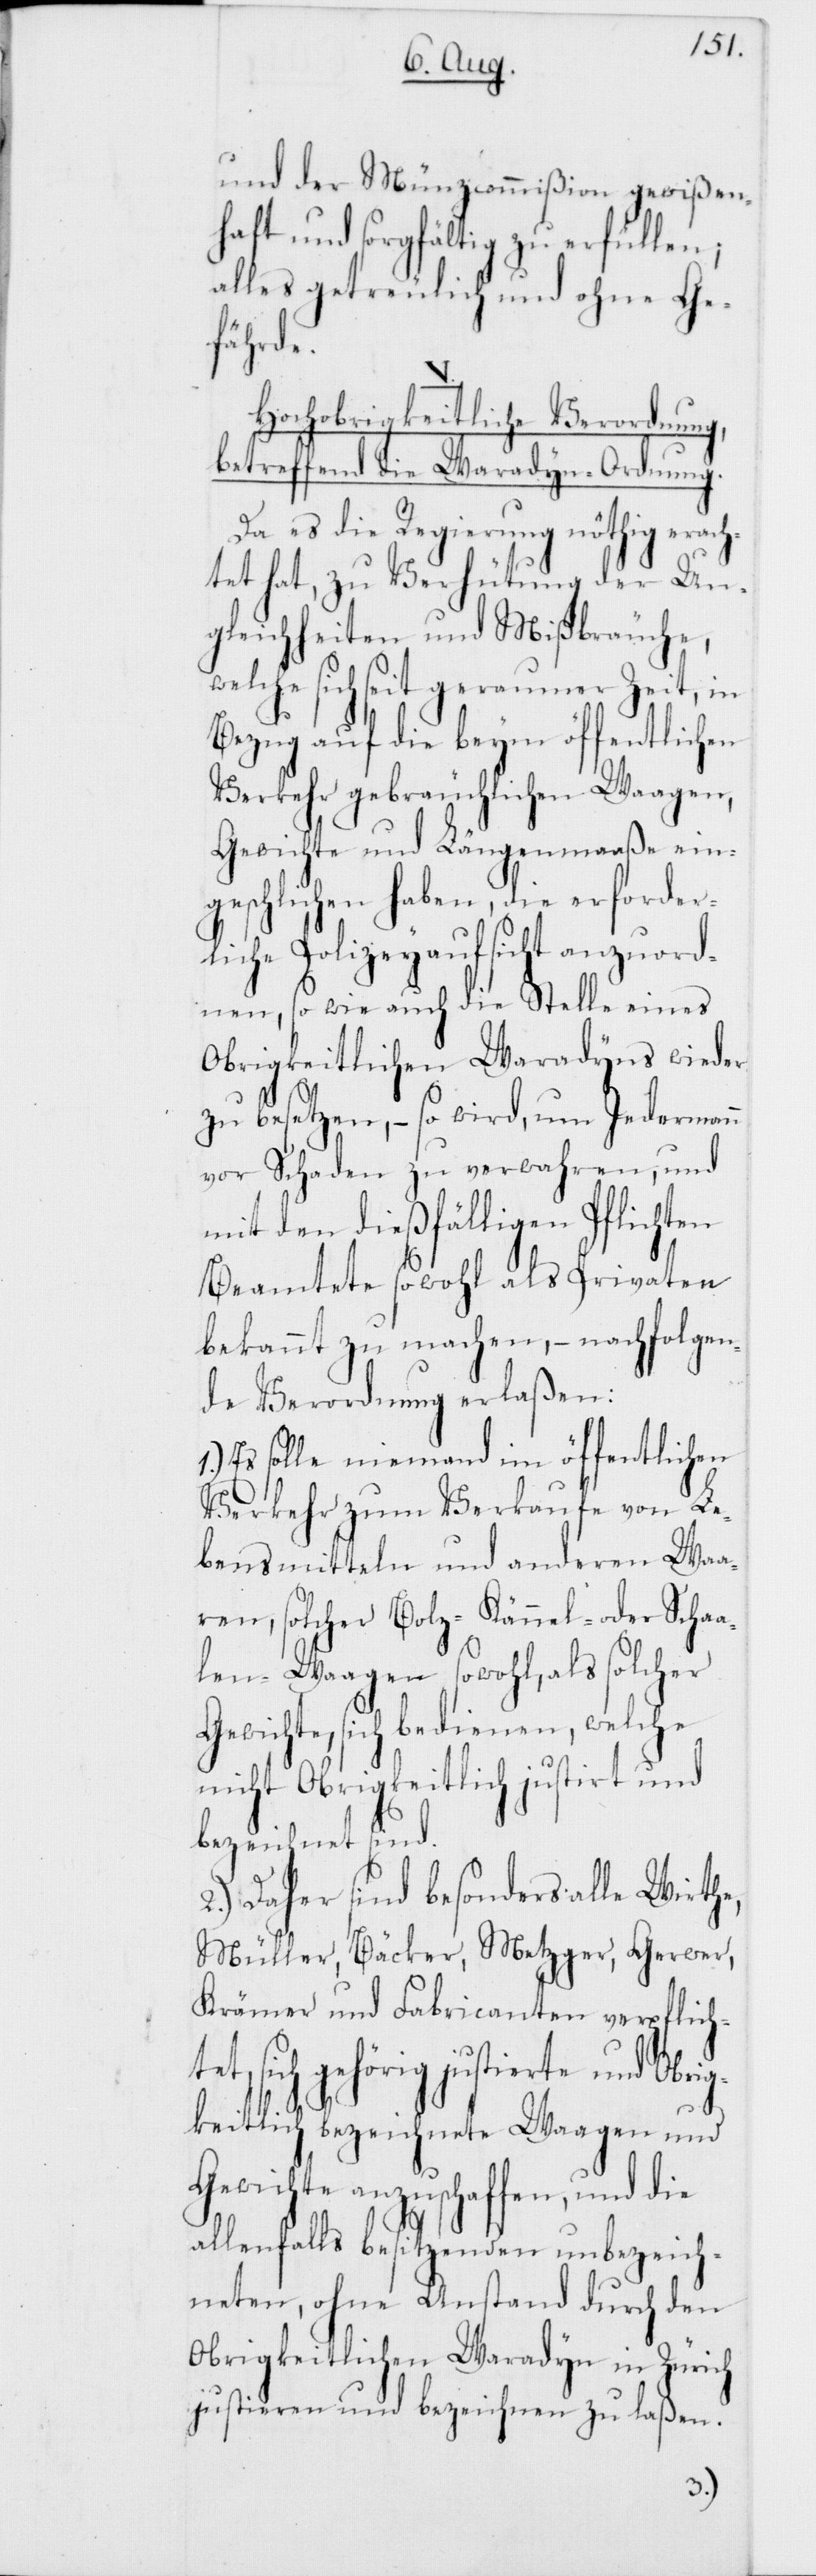
und der Münzcommißion gewißen¬
haft und sorgfältig zu erfüllen;
alles getreulich und ohne Ge¬
fährde.
Hochobrigkeitliche Verordnung,
betreffend die Waradyn-Ordnung.
Da es die Regierung nöthig erac¬
htet hat, zu Verhütung
gleichheiten und Mißbräuche,
sich seit geraumer
Bezug auf die beym öffentlich¬
Verkehr gebräuchlichen Waag¬
Gewichte und Längenmaaße
geschlichen haben, die erforder¬
liche Polizeyaufsicht anzu¬
nen, so wie auch die Stelle ei¬
he,
Obrigkeitlichen Waradyns wieder
zu besetzen, – so wird, um Jederman¬
vor Schaden zu verwahren; und
mit den dießfälligen Pflichten
Beamtete sowohl als Privaten
bekannt zu machen, – nachfolgen¬
de Verordnung erlaßen:
Es solle niemand im öffentlichen
Verkehr zum Verkaufe von Le¬
bensmitteln und anderen Waa¬
ren, solcher Bolz-[,] Kännel- oder Scha¬
alen-Waagen sowohl, als solcher
Gewichte, sich bedienen, welche
nicht Obrigkeitlich justirt und
bezeichnet sind.
2.) Daher sind besonders alle Wirt¬
Müller, Bäcker, Metzger, Gerwer,
Krämer und Fabricanten verpflich¬
tet, sich gehörig justierte und Obr¬
keitlich bezeichnete Waagen und
Gewichte anzuschaffen,
allenfalls besitzenden unbezeic¬
hneten, ohne Anstand durch den
Obrigkeitlichen Waradyn in Zürich
justieren und bezeichnen
ig¬